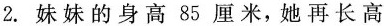
2.妹妹的身高85厘米，她再长高